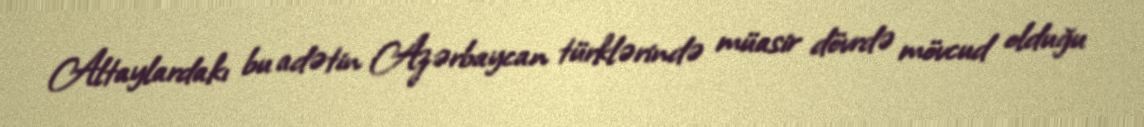
Altaylardakı bu adətin Azərbaycan türklərində müasir dövrdə mövcud olduğu